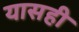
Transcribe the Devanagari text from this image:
यासही